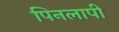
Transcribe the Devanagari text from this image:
पिनलापी